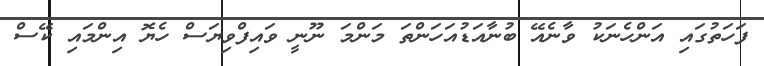
ފަހަތުގައި އަންހެނަކު ވާނެއޭ ބުނާއަޑުއަހަންތަ މަންމަ ނޫނީ ވައިފްވިޔަސް ހެޔޮ އިންމައި ކޭސް